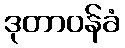
ဒုတာဝန်ခံ